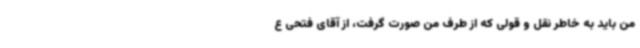
من باید به خاطر نقل و قولی که از طرف من صورت گرفت، از آقای فتحی ع